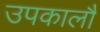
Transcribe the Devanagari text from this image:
उपकालौं